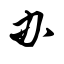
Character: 办